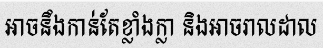
អាចនឹងកាន់តែខ្លាំងក្លា និងអាចរាលដាល